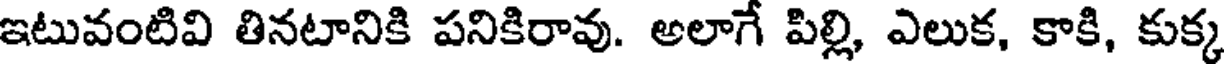
ఇటువంటివి తినటానికి పనికిరావు. అలాగే పిల్లి, ఎలుక, కాకి, కుక్క